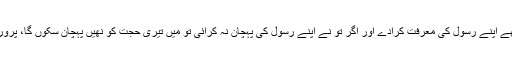
تو مجھے اپنے رسول کی معرفت کرادے اور اگر تو نے اپنے رسول کی پہچان نہ کرائی تو میں تیری حجت کو نھیں پہچان سکوں گا، پروردگارا!